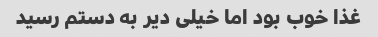
غذا خوب بود اما خیلی دیر به دستم رسید